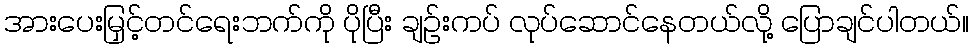
အားပေးမြှင့်တင်ရေးဘက်ကို ပိုပြီး ချဉ်းကပ် လုပ်ဆောင်နေတယ်လို့ ပြောချင်ပါတယ်။